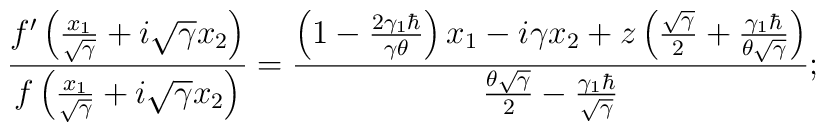
\frac{f'\left(\frac{x_1}{\sqrt{\gamma}}+i\sqrt{\gamma}x_2\right)}{f\left(\frac{x_1}{\sqrt{\gamma}}+i\sqrt{\gamma}x_2\right)}=\frac{\left(1-\frac{2\gamma_1\hbar}{\gamma\theta}\right)x_1-i\gamma x_2+z\left(\frac{\sqrt{\gamma}}{2}+\frac{\gamma_1\hbar}{\theta\sqrt{\gamma}}\right)}{\frac{\theta\sqrt{\gamma}}{2}-\frac{\gamma_1\hbar}{\sqrt{\gamma}}};